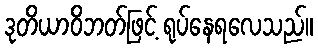
ဒုတိယာဝိဘတ်ဖြင့် ရုပ်နေရလေသည်။